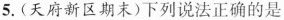
5.(天府新区期末)下列说法正确的是